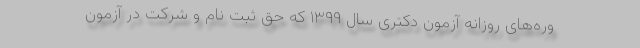
وره‌های روزانه آزمون دکتری سال ۱۳۹۹ که حق ثبت نام و شرکت در آزمون